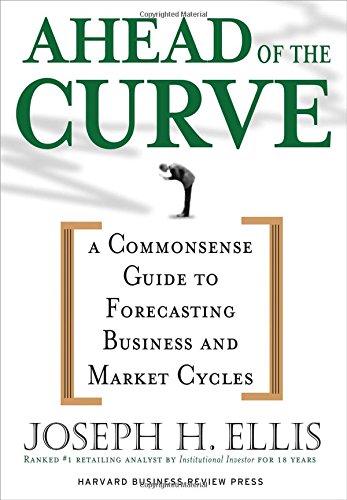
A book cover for Ahead of the Curve: A Commonsense Guide to Forecasting Business and Market Cycles; Joseph H. Ellis; Business & Money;